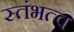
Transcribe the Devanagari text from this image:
स्तंभत्व